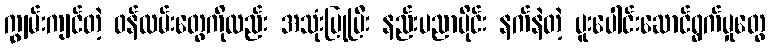
ကျွမ်းကျင်တဲ့ ဝန်ထမ်းတွေကိုလည်း အသုံးပြုပြီး နည်းပညာပိုင်း နက်နဲတဲ့ ပူးပေါင်းဆောင်ရွက်မှုတွေ